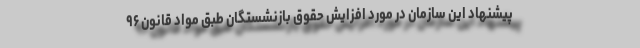
پیشنهاد این سازمان در مورد افزایش حقوق بازنشستگان طبق مواد قانون ۹۶